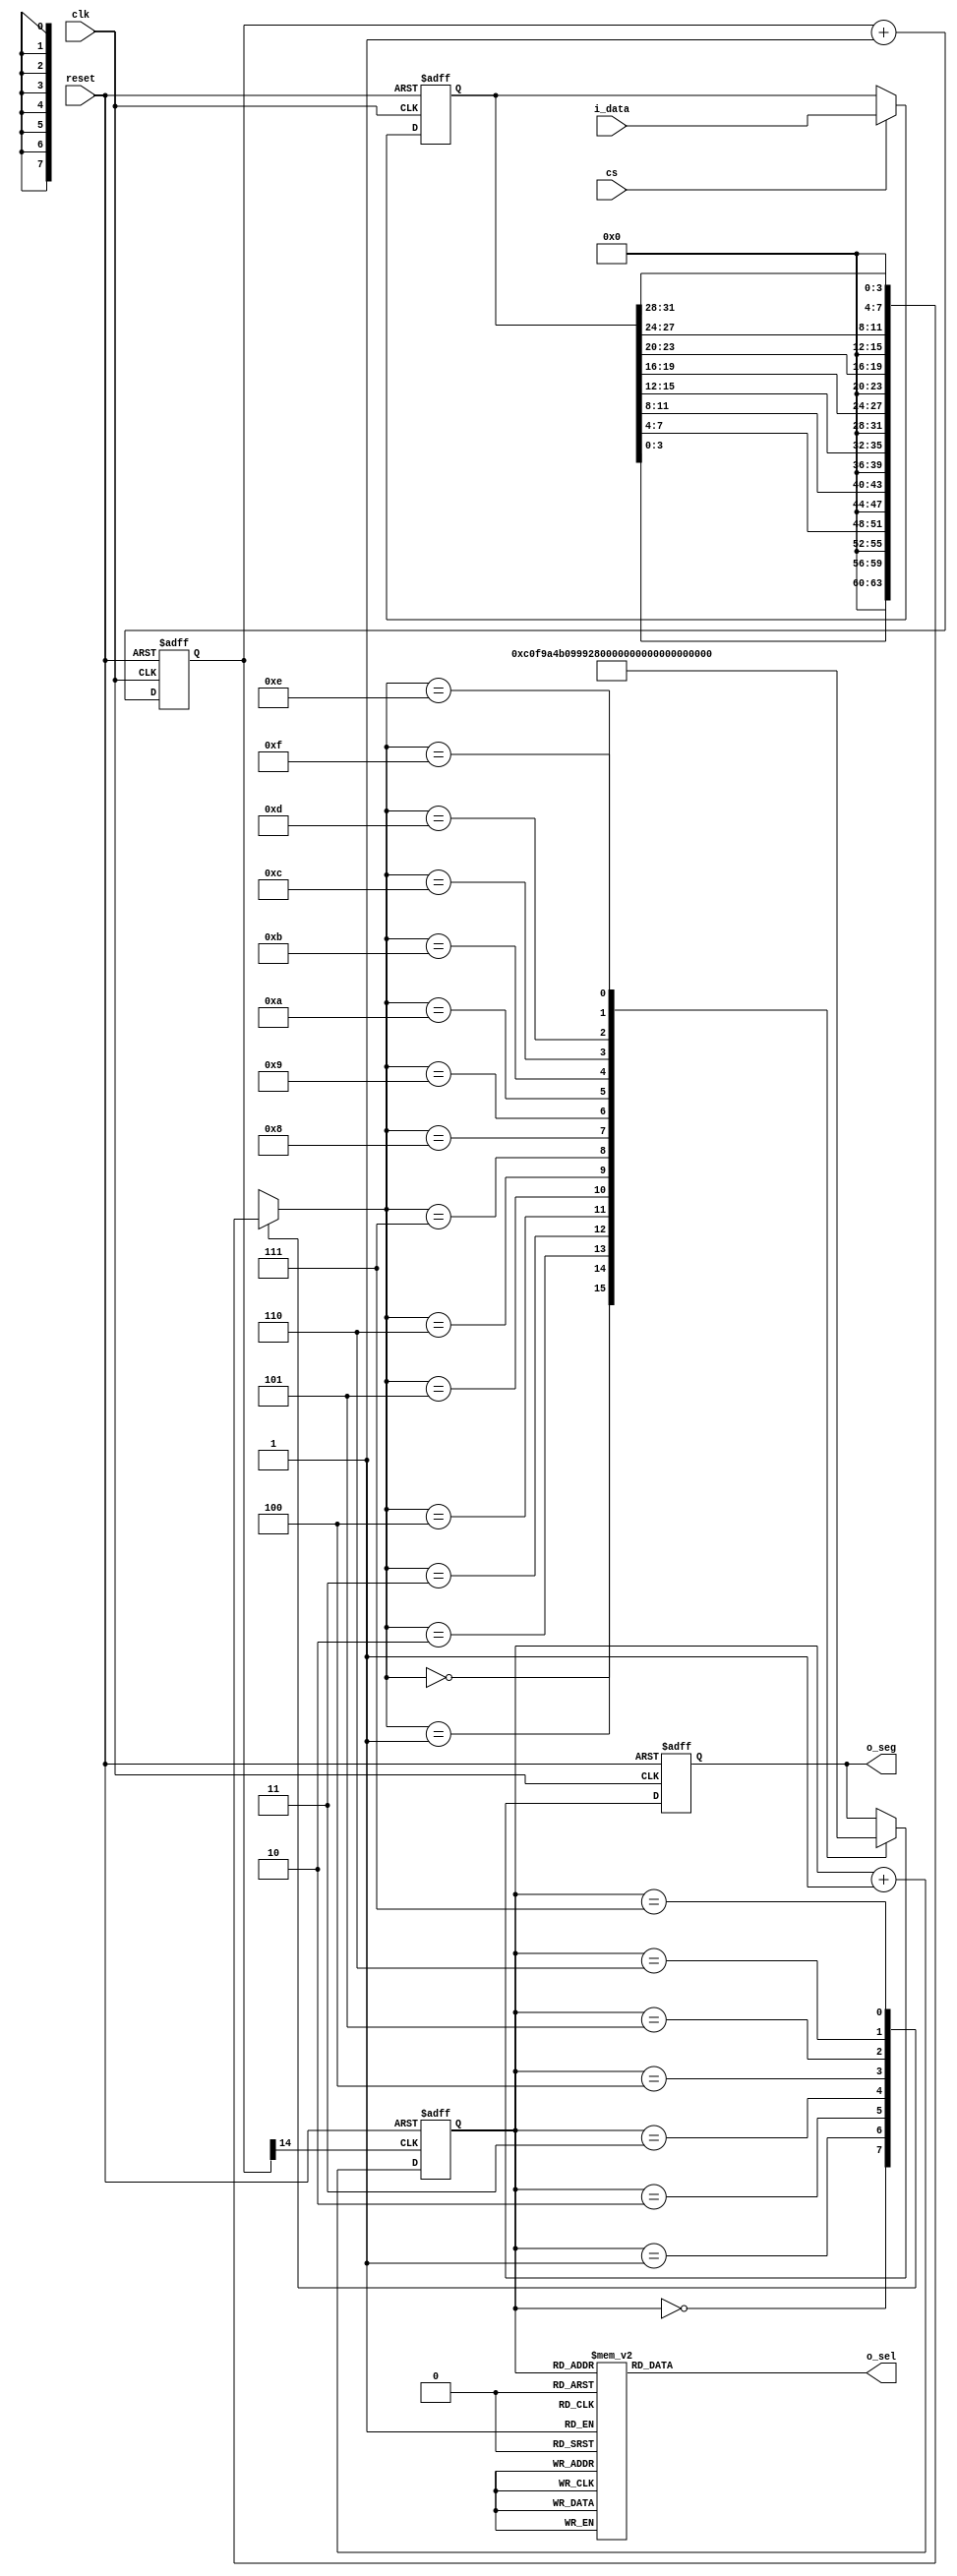
`timescale 1ns / 1ps
//////////////////////////////////////////////////////////////////////////////////
// 
// Design Name: 
// Module Name: SEG7DISPLAY
// 
//////////////////////////////////////////////////////////////////////////////////


module seg7display
(
    input clk,
    input reset,
    input cs,
    input [31:0] i_data,
    output [7:0] o_seg,
    output [7:0] o_sel
);

    reg [14:0] cnt;
	 always @ (posedge clk, posedge reset)
      if (reset)
        cnt <= 0;
      else
        cnt <= cnt + 1'b1;
 
    wire seg7_clk = cnt[14]; 
	 
	 reg [2:0] seg7_addr;
	 
	 always @ (posedge seg7_clk, posedge reset)
	   if(reset)
		  seg7_addr <= 0;
		else
		  seg7_addr <= seg7_addr + 1'b1;
		  
	 reg [7:0] o_sel_r;
	 
	 always @ (*)
	   case(seg7_addr)
		  7 : o_sel_r = 8'b01111111;
		  6 : o_sel_r = 8'b10111111;
		  5 : o_sel_r = 8'b11011111;
		  4 : o_sel_r = 8'b11101111;
		  3 : o_sel_r = 8'b11110111;
		  2 : o_sel_r = 8'b11111011;
		  1 : o_sel_r = 8'b11111101;
		  0 : o_sel_r = 8'b11111110;
		endcase
	
	 reg [31:0] i_data_store;
	 always @ (posedge clk, posedge reset)
	   if(reset)
		  i_data_store <= 0;
		else if(cs)
		  i_data_store <= i_data;
		  
	 reg [7:0] seg_data_r;
	 always @ (*)
	   case(seg7_addr)
		  0 : seg_data_r = i_data_store[3:0];
		  1 : seg_data_r = i_data_store[7:4];
		  2 : seg_data_r = i_data_store[11:8];
		  3 : seg_data_r = i_data_store[15:12];
		  4 : seg_data_r = i_data_store[19:16];
		  5 : seg_data_r = i_data_store[23:20];
		  6 : seg_data_r = i_data_store[27:24];
		  7 : seg_data_r = i_data_store[31:28];
		endcase
	 
	 reg [7:0] o_seg_r;
	 always @ (posedge clk, posedge reset)
	   if(reset)
		  o_seg_r <= 8'hff;
		else
		  case(seg_data_r)
		    4'h0 : o_seg_r <= 8'hC0;
          4'h1 : o_seg_r <= 8'hF9;
          4'h2 : o_seg_r <= 8'hA4;
          4'h3 : o_seg_r <= 8'hB0;
          4'h4 : o_seg_r <= 8'h99;
          4'h5 : o_seg_r <= 8'h92;
          4'h6 : o_seg_r <= 8'h82;
          4'h7 : o_seg_r <= 8'hF8;
          4'h8 : o_seg_r <= 8'h80;
          4'h9 : o_seg_r <= 8'h90;
          4'hA : o_seg_r <= 8'h88;
          4'hB : o_seg_r <= 8'h83;
          4'hC : o_seg_r <= 8'hC6;
          4'hD : o_seg_r <= 8'hA1;
          4'hE : o_seg_r <= 8'h86;
          4'hF : o_seg_r <= 8'h8E;
		  endcase
		  
    assign o_sel = o_sel_r;
    assign o_seg = o_seg_r;

endmodule